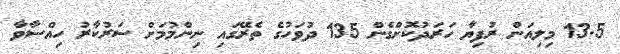
13.5 މިލިއަން ރުފިޔާ ހަރަދުކޮށްގެން 135 ދުވަހުގެ ތެރޭގައި ނިންމުމަށް ސަރުކާރު ހިއްސާވާ